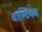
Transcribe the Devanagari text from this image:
बास्टियन